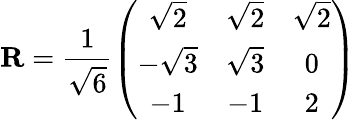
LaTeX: {\mathbf R}=\frac{1}{\sqrt 6}\left(\begin{array}{ccc}{{\sqrt 2}}&{{\sqrt 2}}&{{\sqrt 2}}\\ {{-\sqrt 3}}&{{\sqrt 3}}&{{0}}\\ {{-1}}&{{-1}}&{{2}}\end{array}\right)